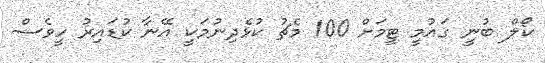
ކޯލް ބުނީ ގައުމީ ޓީމަށް 100 މެޗު ކުޅެދިނުމަކީ އޭނާ ކުޑައިރު ހީވެސް